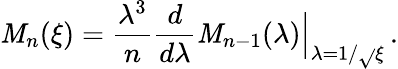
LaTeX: \mathit{M}_{n}(\xi)=\frac{{\lambda^{3}}}{{n}}\frac{{d}}{{d\lambda}}\mathit{M}_{n-1}(\lambda){\Big|}_{\lambda=1/\sqrt{}{{\xi}}}\, .